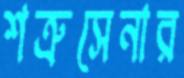
শত্রুসেনার